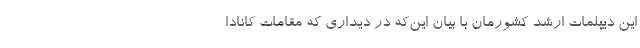
این دیپلمات ارشد کشورمان با بیان این‌که در دیداری که مقامات کانادا